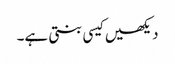
دیکھیں کیسی بنتی ہے۔